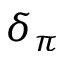
\delta _ { \pi }